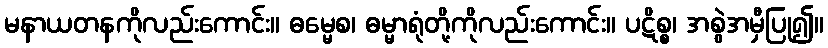
မနာယတနကိုလည်းကောင်း။ ဓမ္မေစ၊ ဓမ္မာရုံတို့ကိုလည်းကောင်း။ ပဋိစ္စ၊ အစွဲအမှီပြု၍။